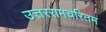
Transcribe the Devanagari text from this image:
उत्तररामचरितम